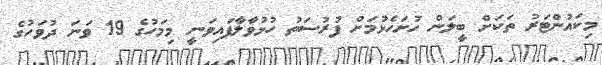
މިކައުންޓަރު ތަކަށް ބީލަން ހުށަހެޅުމަށް ފުުރުސަތު ހުޅުވާލާފައިވަނީ މިމަހުގެ 19 ވަނަ ދުވަހުގެ